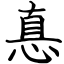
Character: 惪